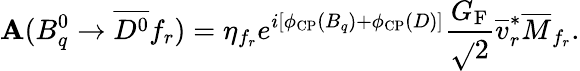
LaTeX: \mathbf{A}(B_{q}^{0}\to\overline{{{{D^{0}}}}}f_{r})=\eta_{f_{r}}e^{i[\phi_{\mathrm{{CP}}}(B_{q})+\phi_{\mathrm{{CP}}}(D)]}\frac{{G_{\mathrm{{F}}}}}{{\sqrt{}{{2}}}}\overline{{{{v}}}}_{r}^{\ast}\overline{{{{M}}}}_{f_{r}}.